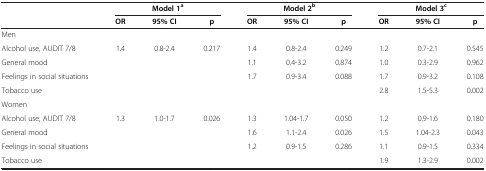
|  | <COLSPAN=3> Model 1a | <COLSPAN=3> Model 2b | <COLSPAN=3> Model 3c |
 |  | OR | 95% CI | p | OR | 95% CI | p | OR | 95% CI | p |
 | --- | --- | --- | --- | --- | --- | --- | --- | --- | --- |
 | Men |  |  |  |  |  |  |  |  |  |
 | Alcohol use, AUDIT 7/8 | 1.4 | 0.8-2.4 | 0.217 | 1.4 | 0.8-2.4 | 0.249 | 1.2 | 0.7-2.1 | 0.545 |
 | General mood |  |  |  | 1.1 | 0.4-3.2 | 0.874 | 1.0 | 0.3-2.9 | 0.962 |
 | Feelings in social situations |  |  |  | 1.7 | 0.9-3.4 | 0.088 | 1.7 | 0.9-3.2 | 0.108 |
 | Tobacco use |  |  |  |  |  |  | 2.8 | 1.5-5.3 | 0.002 |
 | Women |  |  |  |  |  |  |  |  |  |
 | Alcohol use, AUDIT 7/8 | 1.3 | 1.0-1.7 | 0.026 | 1.3 | 1.04-1.7 | 0.050 | 1.2 | 0.9-1.6 | 0.180 |
 | General mood |  |  |  | 1.6 | 1.1-2.4 | 0.026 | 1.5 | 1.04-2.3 | 0.043 |
 | Feelings in social situations |  |  |  | 1.2 | 0.9-1.5 | 0.286 | 1.1 | 0.9-1.5 | 0.334 |
 | Tobacco use |  |  |  |  |  |  | 1.9 | 1.3-2.9 | 0.002 |